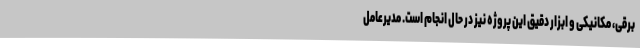
برقی، مکانیکی و ابزار دقیق این پروژه نیز در حال انجام است. مدیرعامل